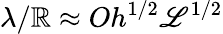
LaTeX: \lambda/\mathbb{R}\approx{Oh^{1/2}{\mathscr{{L}}}^{1/2}}